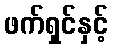
ဖက်ရှင်နှင့်